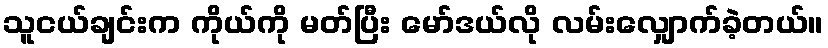
သူငယ်ချင်းက ကိုယ်ကို မတ်ပြီး မော်ဒယ်လို လမ်းလျှောက်ခဲ့တယ်။